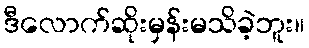
ဒီလောက်ဆိုးမှန်းမသိခဲ့ဘူး။